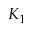
K _ { 1 }